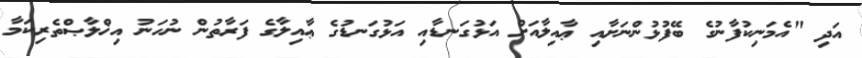
އަދި "އެމަނިކުފާނުގެ ބޭފުޅުންނަށާއި ޢާއިލާއަށް އަޅުގަނޑާއި އަޅުގަނޑުގެ ޢާއިލާގެ ފަރާތުން ނުހަނު އިޚްލާޞްތެރިކަމާ